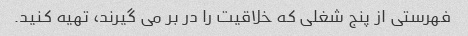
فهرستی از پنج شغلی که خلاقیت را در بر می گیرند، تهیه کنید.